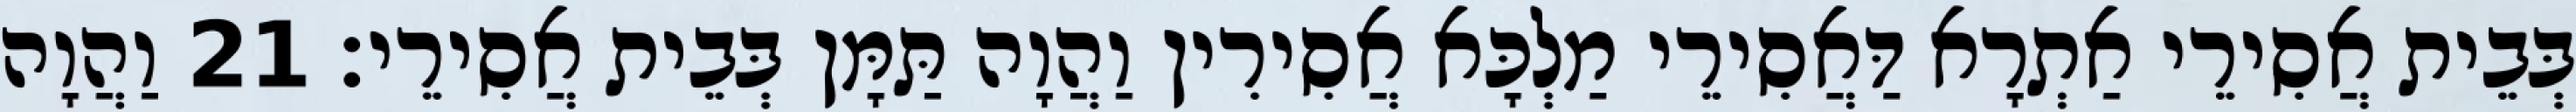
בְּבֵית אֲסִירֵי אַתְרָא דַּאֲסִירֵי מַלְכָּא אֲסִירִין וַהֲוָה תַּמָּן בְּבֵית אֲסִירֵי׃ 21 וַהֲוָה